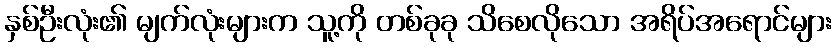
နှစ်ဦးလုံး၏ မျက်လုံးများက သူ့ကို တစ်ခုခု သိစေလိုသော အရိပ်အရောင်များ